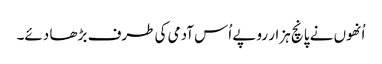
اُنھوں نے پانچ ہزار روپے اُس آدمی کی طرف بڑھا دئے۔